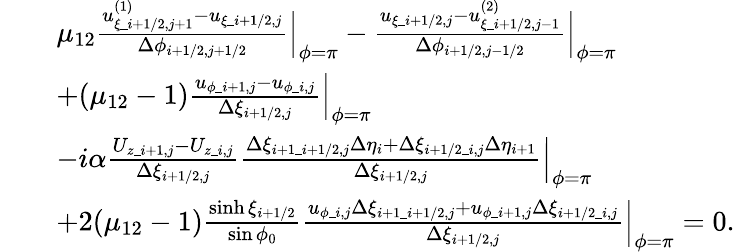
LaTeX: \begin{array}{rl}&{\begin{array}{rl}&{\mu_{12}\frac{u_{\xi\_ i+1/2,j+1}^{(1)}-u_{\xi\_ i+1/2,j}}{\Delta\phi_{i+1/2,j+1/2}}\Bigr|_{\phi=\pi}-\frac{u_{\xi\_ i+1/2,j}-u_{\xi\_ i+1/2,j-1}^{(2)}}{\Delta\phi_{i+1/2,j-1/2}}\Bigr|_{\phi=\pi}}\\ &{+(\mu_{12}-1)\frac{u_{\phi\_ i+1,j}-u_{\phi\_ i,j}}{\Delta\xi_{i+1/2,j}}\Bigr|_{\phi=\pi}}\\ &{-i\alpha\frac{U_{z\_ i+1,j}-U_{z\_ i,j}}{\Delta\xi_{i+1/2,j}}\frac{\Delta\xi_{i+1\_ i+1/2,j}\Delta\eta_{i}+\Delta\xi_{i+1/2\_ i,j}\Delta\eta_{i+1}}{\Delta\xi_{i+1/2,j}}\Bigr|_{\phi=\pi}}\\ &{+2(\mu_{12}-1)\frac{\sinh\xi_{i+1/2}}{\sin\phi_{0}}\frac{u_{\phi\_ i,j}\Delta\xi_{i+1\_ i+1/2,j}+u_{\phi\_ i+1,j}\Delta\xi_{i+1/2\_ i,j}}{\Delta\xi_{i+1/2,j}}\Bigr|_{\phi=\pi}=0.}\end{array}}\end{array}